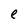
Character: e